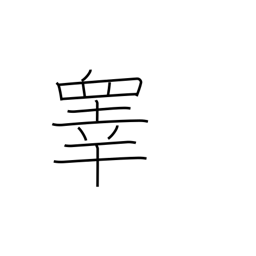
Meaning: testicles